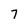
Character: 7